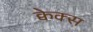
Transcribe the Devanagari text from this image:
क्वेक्स